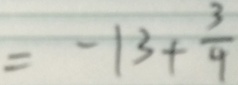
= - 1 3 + \frac { 3 } { 4 }